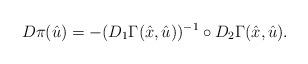
LaTeX: \begin{align*}D \pi (\hat{u}) = - (D_1 \Gamma (\hat{x}, \hat{u}))^{-1} \circ D_2 \Gamma (\hat{x}, \hat{u}).\end{align*}